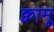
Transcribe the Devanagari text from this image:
क्वामू